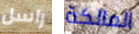
راسل المالكة